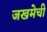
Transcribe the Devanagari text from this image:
जखमेची